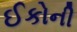
ઈકોની